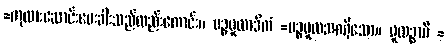
=ကုလားဆောင်းမေးခါးသည်လည်းကောင်း။ ပဉ္စမူလာဒိကံ =ပဉ္စမူလအစရှိသော။ မူလဉ္စာပိ =